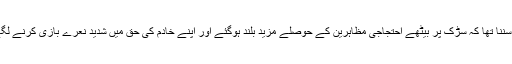
یہ سننا تھا کہ سڑک پر بیٹھے احتجاجی مظاہرین کے حوصلے مزید بلند ہوگئے اور اپنے خادم کی حق میں شدید نعرے بازی کرنے لگے۔